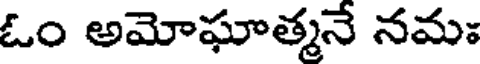
ఓం అమోఘాత్మనే నమః